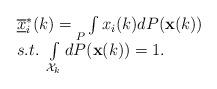
LaTeX: \begin{align*} \begin{array}{l}\underline{\overline{x}}_i^*(k)=\underset{P}{} \int x_i(k) dP(\mathbf{x}(k)) \\s.t.~ \int\limits_{\mathcal{X}_k} dP(\mathbf{x}(k))= 1.\\\end{array} \end{align*}